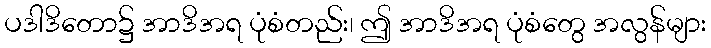
ပဒါဒိတော၌ အာဒိအရ ပုံစံတည်း၊ ဤ အာဒိအရ ပုံစံတွေ အလွန်များ